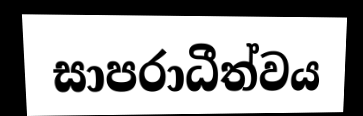
සාපරාධීත්වය